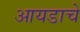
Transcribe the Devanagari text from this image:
आयडाचे